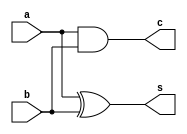
module half_addr(input a, b, output s, c);
  assign s = a^b;
  assign c = a & b;
endmodule